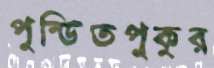
পুন্ডিতপুকুর